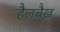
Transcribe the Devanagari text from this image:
हैलबैख़